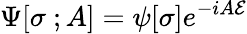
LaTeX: \Psi[\sigma\ ;A]=\psi[\sigma]e^{-iA{\cal E}}